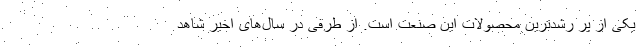
یکی از پر رشدترین محصولات این صنعت است. از طرفی در سال‌های اخیر شاهد